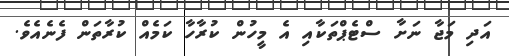
އަދި މަޖާ ނަށާ ސްޓެޕްތަކާއި އެ މީހުން ކުރާހާ ކަމެއް ކުރާތަން ފެނެއެވެ.